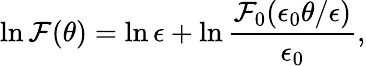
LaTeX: \ln{\cal F}(\theta)=\ln\epsilon+\ln\frac{{\cal F}_{0}(\epsilon_{0}\theta/\epsilon)}{\epsilon_{0}},